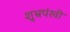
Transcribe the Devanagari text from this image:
शुभ्रपंखी